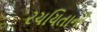
રચયિતાની